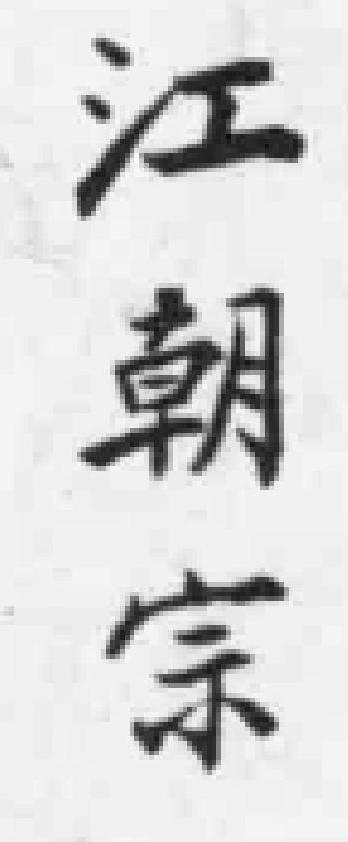
江朝宗